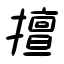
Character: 擅